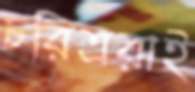
চরিত্ররাই